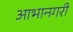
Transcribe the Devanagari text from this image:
आभानगरी